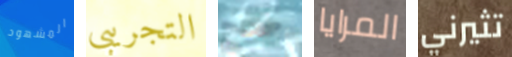
المشهود التجريبي صحيح المرايا تثيرني